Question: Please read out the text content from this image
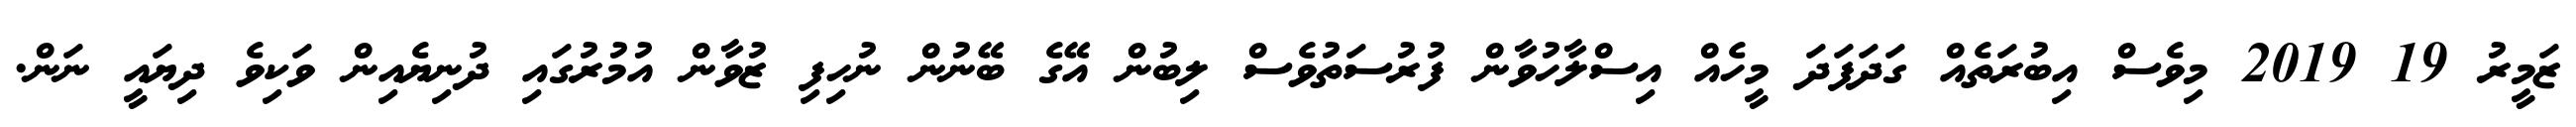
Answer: ޒަމީރު 19 2019 މިވެސް އިބުރަތެއް ގަދަފަދަ މީހެއް އިސްލާހުވާން ފުރުސަތުވެސް ލިބުން އޭގެ ބޭނުން ނުހިފި ޒުވާން އުމުރުގައި ދުނިޔެއިން ވަކިވެ ދިޔައީ ނަން.